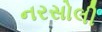
નરસોલી